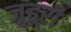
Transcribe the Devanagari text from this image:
जुहूरी